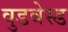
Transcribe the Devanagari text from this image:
वुडबेस्ड